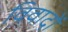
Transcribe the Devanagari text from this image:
विवादों